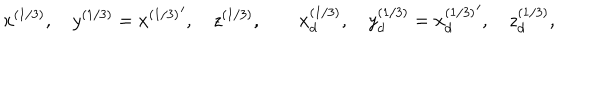
x ^ { ( 1 / 3 ) } , \quad y ^ { ( 1 / 3 ) } = { x ^ { ( 1 / 3 ) } } ^ { \prime } , \quad z ^ { ( 1 / 3 ) } , \qquad x _ { d } ^ { ( 1 / 3 ) } , \quad y _ { d } ^ { ( 1 / 3 ) } = { x _ { d } ^ { ( 1 / 3 ) } } ^ { \prime } , \quad z _ { d } ^ { ( 1 / 3 ) } ,